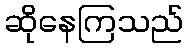
ဆိုနေကြသည်